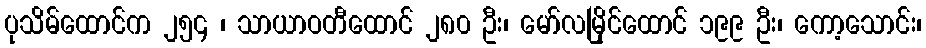
ပုသိမ်ထောင်က ၂၅၄ ၊ သာယာဝတီထောင် ၂၈၀ ဦး၊ မော်လမြိုင်ထောင် ၁၉၉ ဦး၊ ကော့သောင်း၊